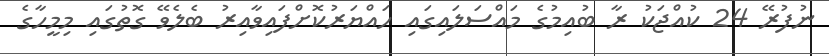
ނުފުރޭ 24 ކުއްޖަކު ރާ ބުއިމުގެ މައްސަލައިގައި ހައްޔަރުކޮށްފައިވާއިރު ބެލެވޭ ގޮތުގައި މިމީހާގެ